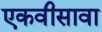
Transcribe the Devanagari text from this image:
एकवीसावा